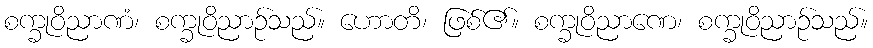
စက္ခုဝိညာဏံ၊ စက္ခုဝိညာဉ်သည်။ ဟောတိ၊ ဖြစ်၏။ စက္ခုဝိညာဏေ၊ စက္ခုဝိညာဉ်သည်။